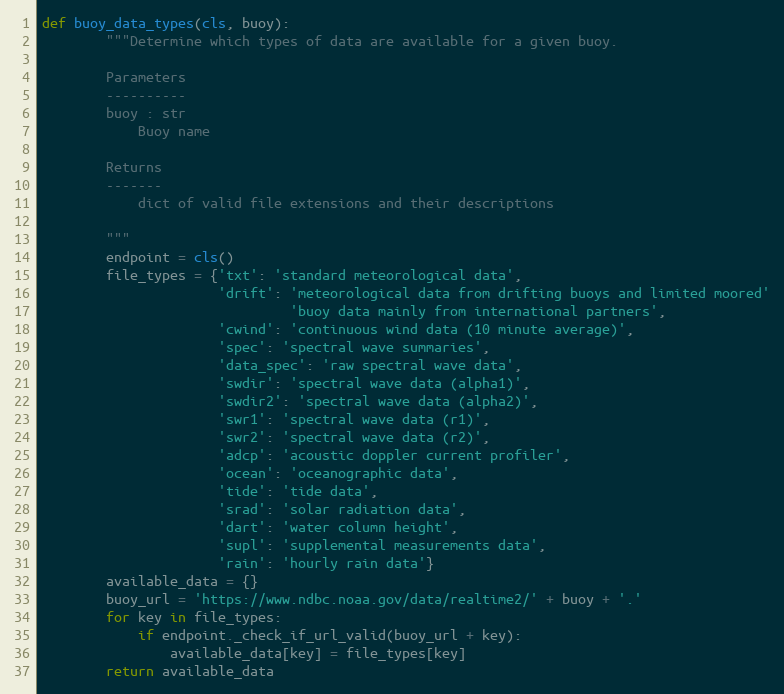
Language: Python
def buoy_data_types(cls, buoy):
        """Determine which types of data are available for a given buoy.

        Parameters
        ----------
        buoy : str
            Buoy name

        Returns
        -------
            dict of valid file extensions and their descriptions

        """
        endpoint = cls()
        file_types = {'txt': 'standard meteorological data',
                      'drift': 'meteorological data from drifting buoys and limited moored'
                               'buoy data mainly from international partners',
                      'cwind': 'continuous wind data (10 minute average)',
                      'spec': 'spectral wave summaries',
                      'data_spec': 'raw spectral wave data',
                      'swdir': 'spectral wave data (alpha1)',
                      'swdir2': 'spectral wave data (alpha2)',
                      'swr1': 'spectral wave data (r1)',
                      'swr2': 'spectral wave data (r2)',
                      'adcp': 'acoustic doppler current profiler',
                      'ocean': 'oceanographic data',
                      'tide': 'tide data',
                      'srad': 'solar radiation data',
                      'dart': 'water column height',
                      'supl': 'supplemental measurements data',
                      'rain': 'hourly rain data'}
        available_data = {}
        buoy_url = 'https://www.ndbc.noaa.gov/data/realtime2/' + buoy + '.'
        for key in file_types:
            if endpoint._check_if_url_valid(buoy_url + key):
                available_data[key] = file_types[key]
        return available_data